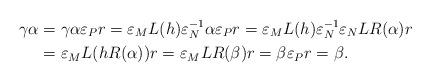
LaTeX: \begin{align*} \gamma\alpha&=\gamma\alpha\varepsilon_Pr=\varepsilon_ML(h)\varepsilon_N^{-1}\alpha\varepsilon_Pr=\varepsilon_ML(h)\varepsilon_N^{-1}\varepsilon_NLR(\alpha)r \\ &=\varepsilon_ML(hR(\alpha))r=\varepsilon_MLR(\beta)r=\beta\varepsilon_Pr=\beta.\end{align*}